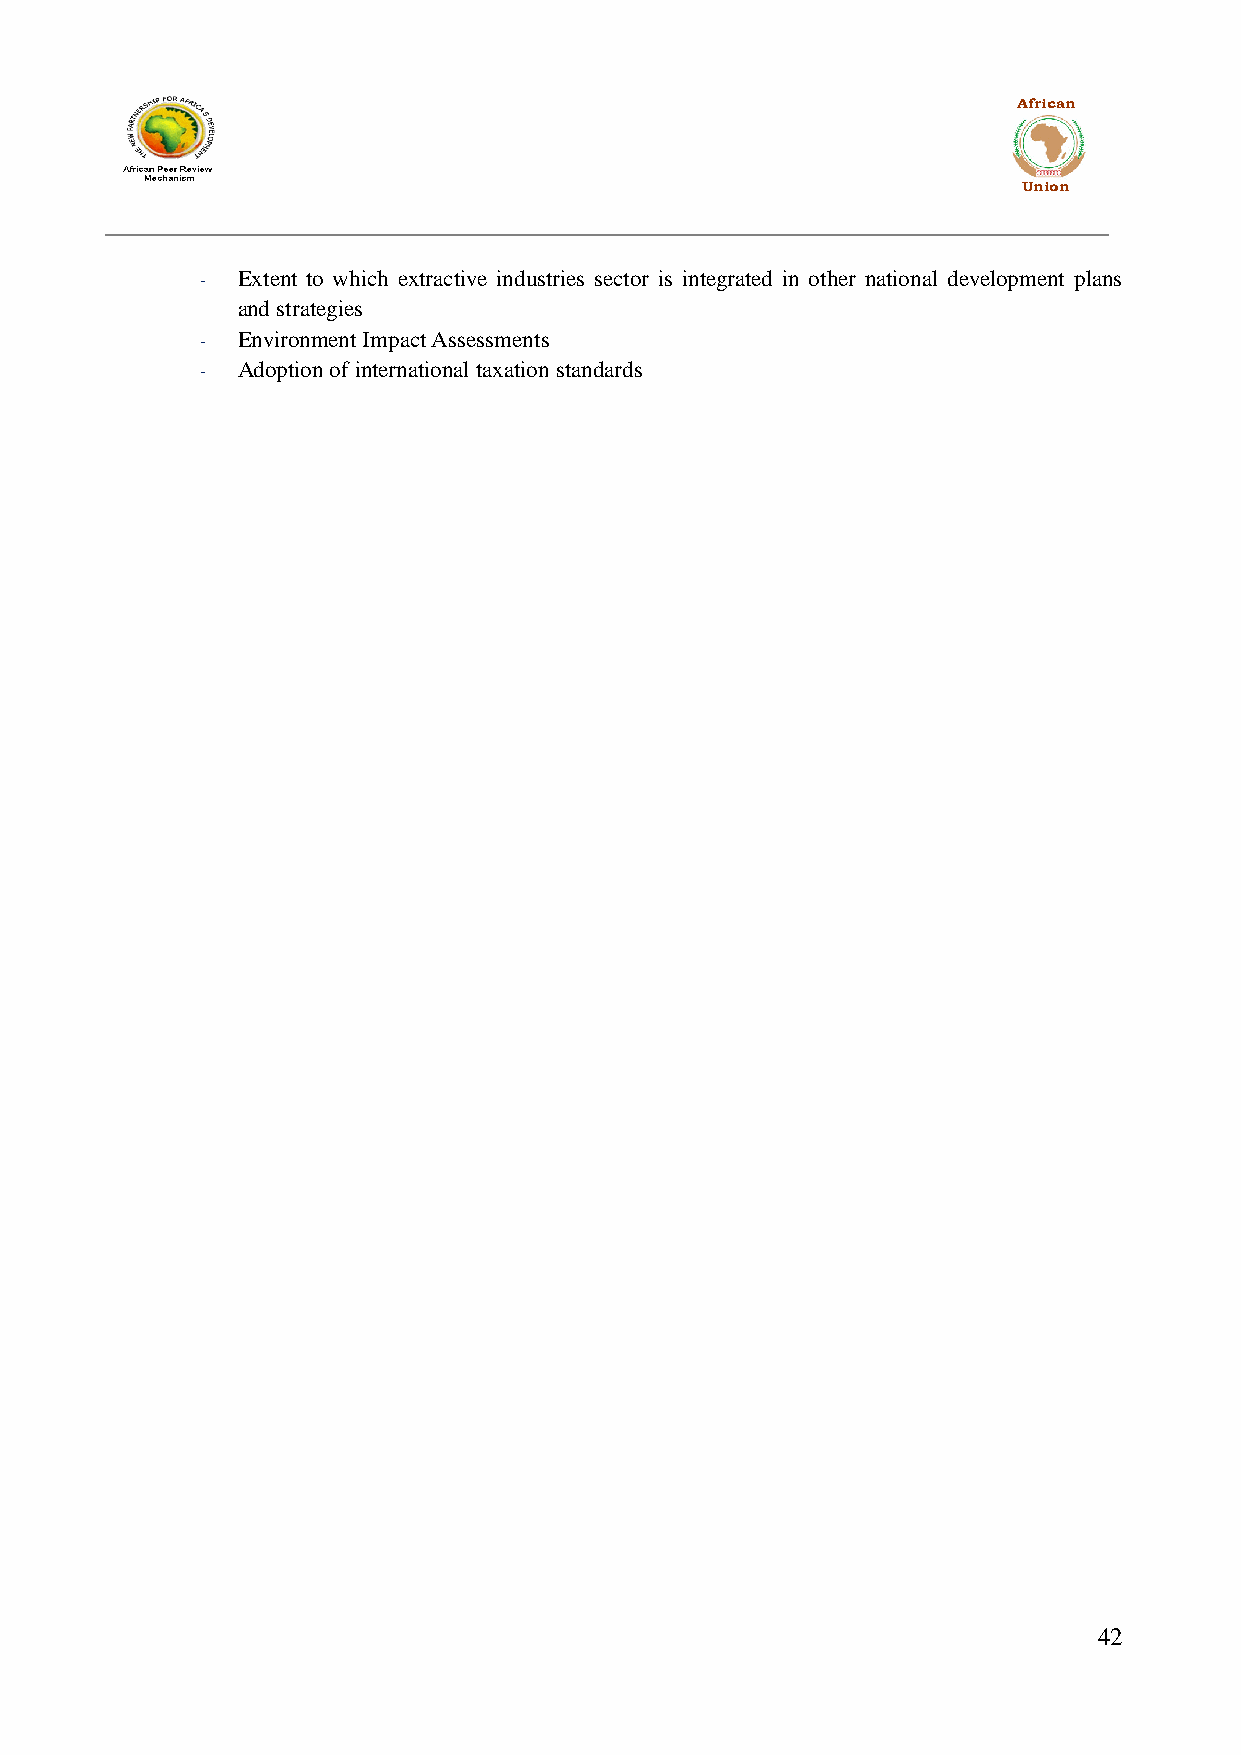
African
 Union
 -  Extent to which extractive industries sector is integrated in other national development plans
 and strategies
 -  Environment Impact Assessments
 -  Adoption of international taxation standards
 42